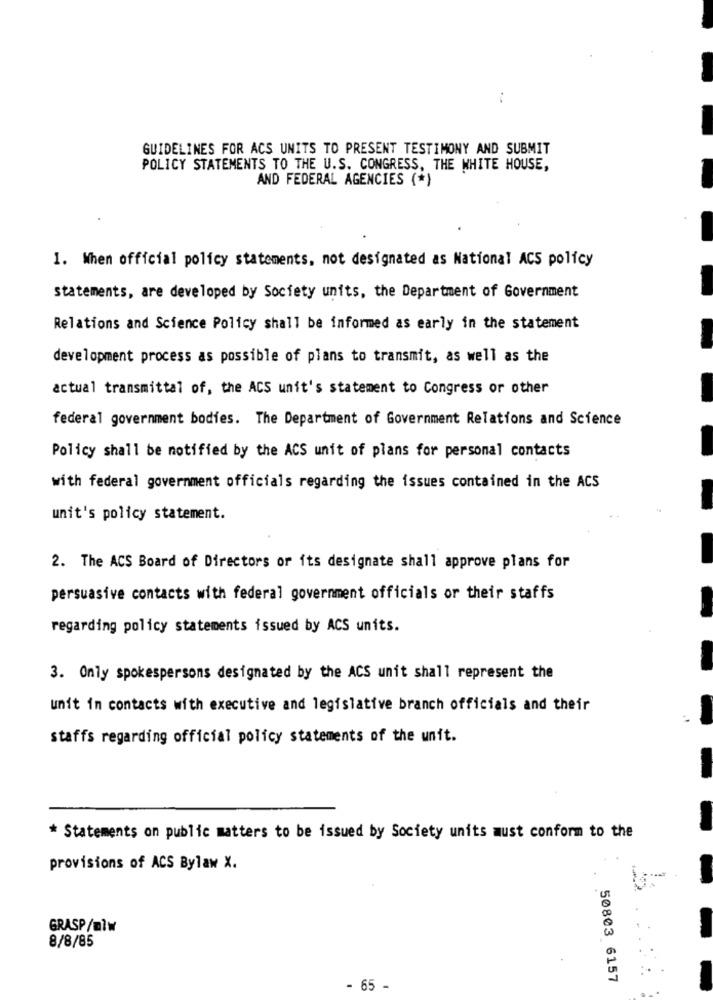
GUIDELINES FOR ACS UNITS TO PRESENT TESTIMONY AND SUBMIT
POLICY STATEMENTS TO THE U.S. CONGRESS, THE WHITE HOUSE,
AND FEDERAL AGENCIES (*)
.
1. When official policy statements, not designated as National ACS policy
statements, are developed by Society units, the Department of Government
Relations and Science Policy shall be informed as early in the statement
development process as possible of plans to transmit, as well as the
actual transmittal of, the ACS unit's statement to Congress or other
federal government bodies. The Department of Government Relations and Science
Policy shall be notified by the ACS unit of plans for personal contacts
with federal government officials regarding the issues contained in the ACS
unit's policy statement.
2. The ACS Board of Directors or its designate shall approve plans for
persuasive contacts with federal government officials or their staffs
regarding policy statements issued by ACS units.
3. Only spokespersons designated by the ACS unit shall represent the
unit in contacts with executive and legislative branch officials and their
staffs regarding official policy statements of the unit.
* Statements on public matters to be issued by Society units must conform to the
provisions of ACS Bylaw X.
GRASP/mlw
8/8/85
50803 6157
- 65 -